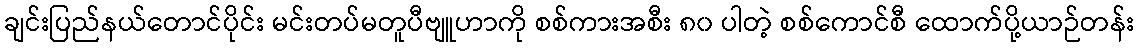
ချင်းပြည်နယ်တောင်ပိုင်း မင်းတပ်မတူပီဗျူဟာကို စစ်ကားအစီး ၈၀ ပါတဲ့ စစ်ကောင်စီ ထောက်ပို့ယာဉ်တန်း